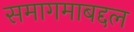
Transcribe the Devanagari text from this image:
समागमाबद्दल